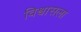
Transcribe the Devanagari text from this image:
विश्वासला